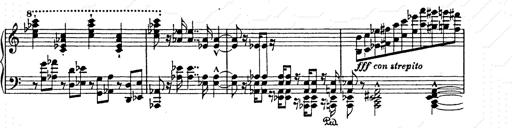
Title: AnnÃ©es de pÃ¨lerinage II
Composer: Franz Liszt